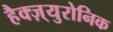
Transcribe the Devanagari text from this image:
हैक्ज़्युरोनिक